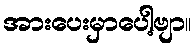
အားပေးမှာပေါ့ဗျာ။